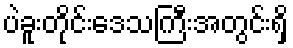
ပဲခူးတိုင်းဒေသကြီးအတွင်းရှိ